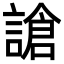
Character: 謒